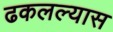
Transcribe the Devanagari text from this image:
ढकलल्यास